Note on the mental hospitals in Burma - 1925-1940
Year: 1925
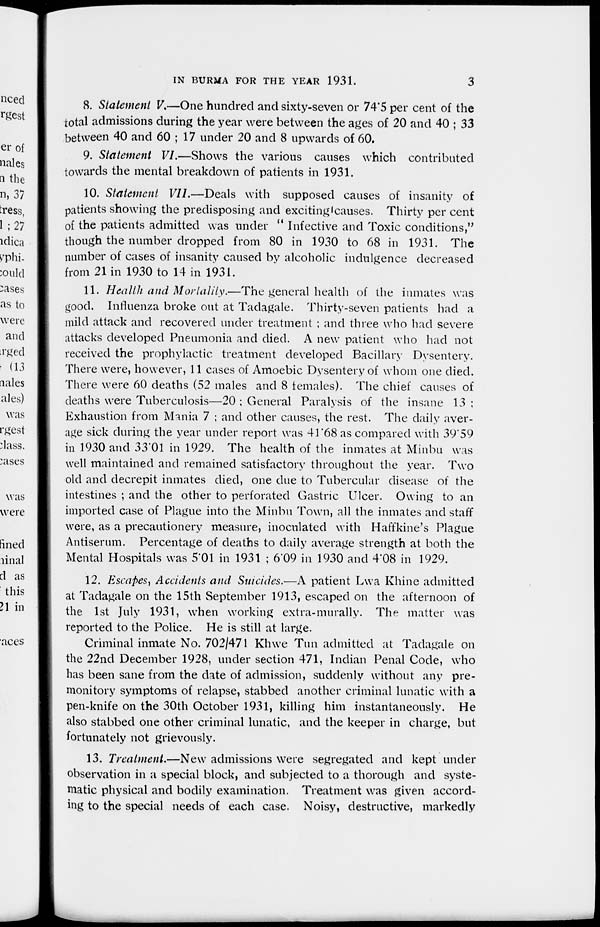
IN BURMA FOR THE YEAR 1931.
3
8. Statement V.—One hundred and sixty-seven or 74.5 per cent of the
total admissions during the year were between the ages of 20 and 40 ; 33
between 40 and 60 ; 17 under 20 and 8 upwards of 60.
9. Statement VI.—Shows the various causes which contributed
towards the mental breakdown of patients in 1931.
10. Statement VII.—Deals with supposed causes of insanity of
patients showing the predisposing and exciting causes. Thirty per cent
of the patients admitted was under " Infective and Toxic conditions,"
though the number dropped from 80 in 1930 to 68 in 1931. The
number of cases of insanity caused by alcoholic indulgence decreased
from 21 in 1930 to 14 in 1931.
11. Health and Mortality.—The general health of the inmates was
good. Influenza broke out at Tadagale. Thirty-seven patients had a
mild attack and recovered under treatment ; and three who had severe
attacks developed Pneumonia and died. A new patient who had not
received the prophylactic treatment developed Bacillary Dysentery.
There were, however, 11 cases of Amoebic Dysentery of whom one died.
There were 60 deaths (52 males and 8 females). The chief causes of
deaths were Tuberculosis—20 : General Paralysis of the insane 13 :
Exhaustion from Mania 7 ; and other causes, the rest. The daily aver-
age sick during the year under report was 41.68 as compared with 39.59
in 1930 and 33.01 in 1929. The health of the inmates at Minbu was
well maintained and remained satisfactory throughout the year. Two
old and decrepit inmates died, one due to Tubercular disease of the
intestines ; and the other to perforated Gastric Ulcer. Owing to an
imported case of Plague into the Minbu Town, all the inmates and staff
were, as a precautionery measure, inoculated with Haffkine's Plague
Antiserum. Percentage of deaths to daily average strength at both the
Mental Hospitals was 5.01 in 1931 ; 6.09 in 1930 and 4.08 in 1929.
12. Escapes, Accidents and Suicides.—A patient Lwa Khine admitted
at Tadagale on the 15th September 1913, escaped on the afternoon of
the 1st July 1931, when working extra-murally. The matter was
reported to the Police. He is still at large.
Criminal inmate No. 702/471 Khwe Tun admitted at Tadagale on
the 22nd December 1928, under section 471, Indian Penal Code, who
has been sane from the date of admission, suddenly without any pre-
monitory symptoms of relapse, stabbed another criminal lunatic with a
pen-knife on the 30th October 1931, killing him instantaneously. He
also stabbed one other criminal lunatic, and the keeper in charge, but
fortunately not grievously.
13. Treatment.—New admissions were segregated and kept under
observation in a special block, and subjected to a thorough and syste-
matic physical and bodily examination. Treatment was given accord-
ing to the special needs of each case. Noisy, destructive, markedly